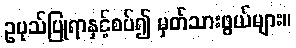
ဥပုသ်ပြုရာနှင့်စပ်၍ မှတ်သားဖွယ်များ။